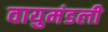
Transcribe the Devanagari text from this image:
वायुमंडली